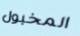
المخبول